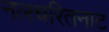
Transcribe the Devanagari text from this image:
नलचरितनाट